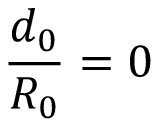
\frac { d _ { 0 } } { R _ { 0 } } = 0